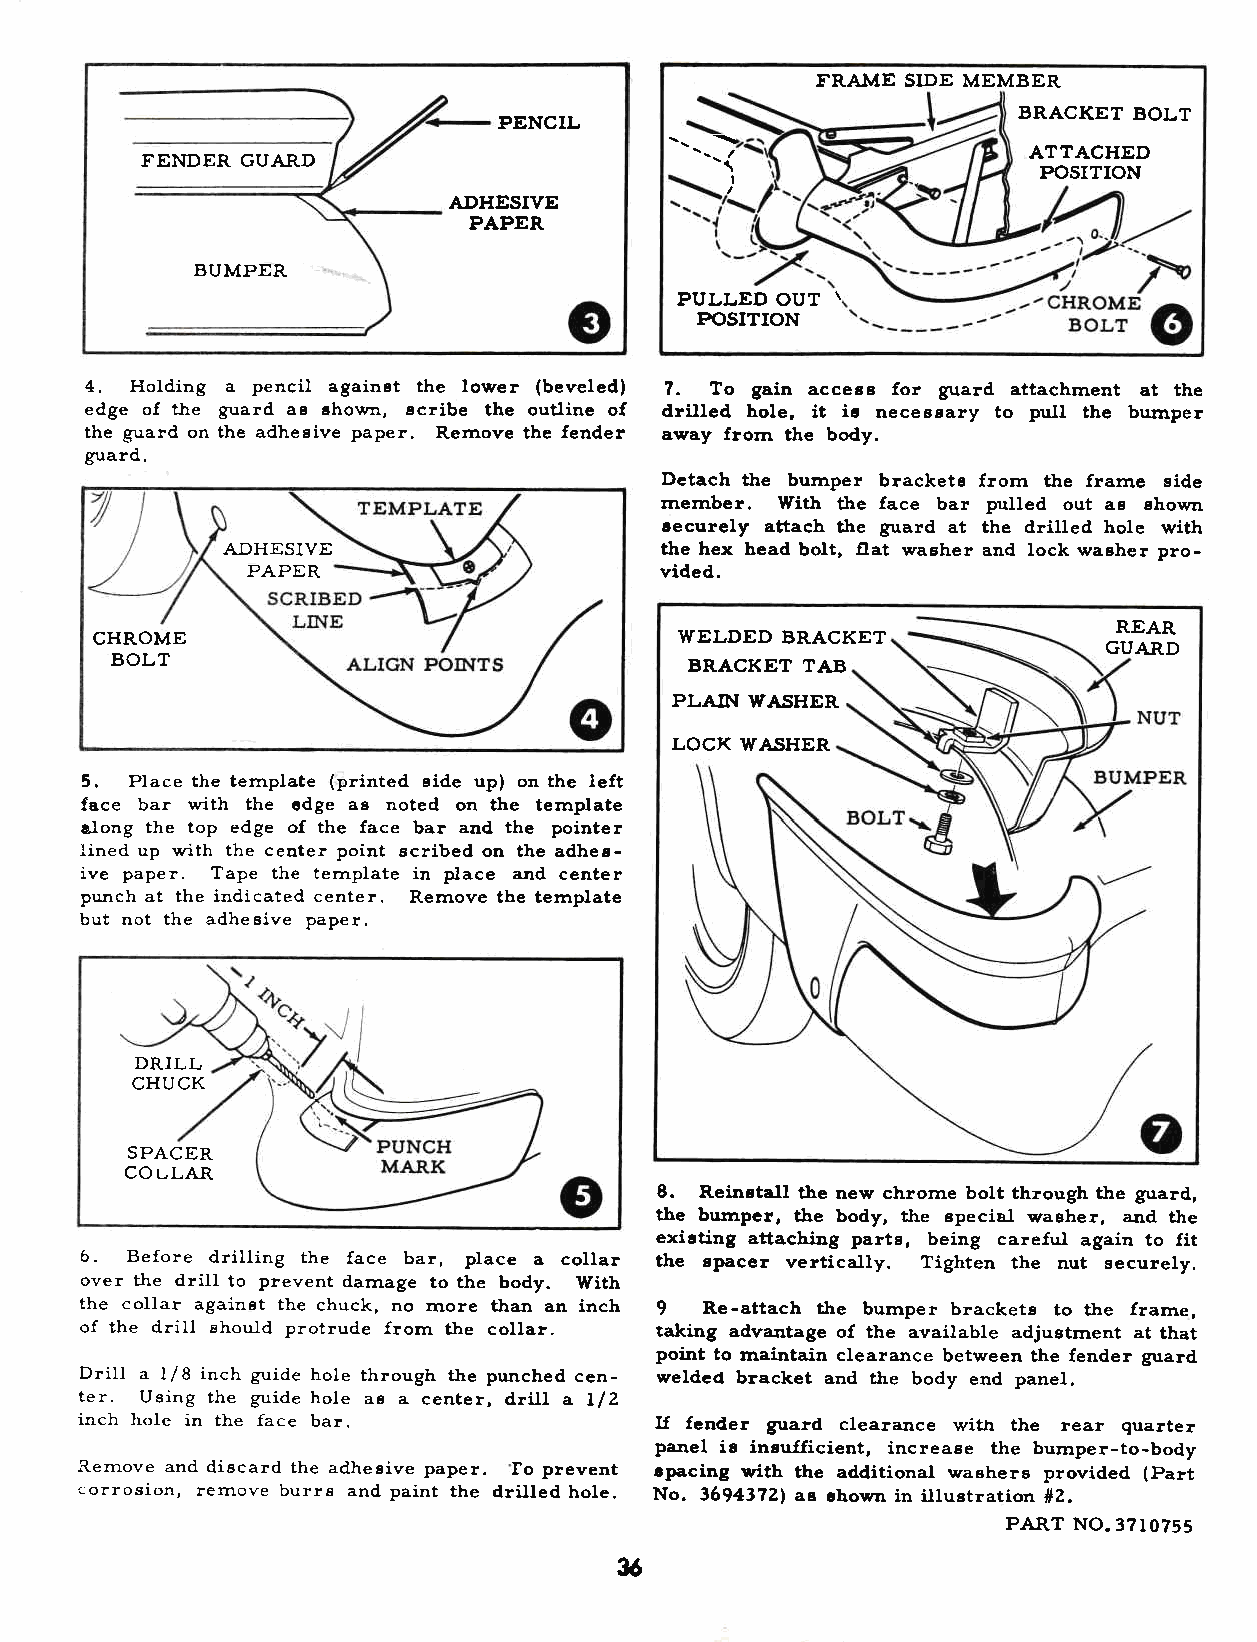
I.RAIVIE SIDE MEMBER
 BRACKET BOLT
 PENCIL
 ATTACHED
 FENDER GUARD
 POSITION
 I
 ADHESIVE
 PAPER
 BUMPER
 PULLED OUT \
 POSITION
 4. Holding a pencil againet the lower (beveled) 7. To gain accesr fo! guard attachment at the
 edge of the guard as ahown, acribe the outline of drilled hole, it ie neceEsary to pull the bumper
 the guard on the adhesive paper. Rernove the fender away frorn the body.
 guard.
 Detach the burnper bracketa frorn the frame side
 rnember. trfith the face bar pulled out ae shown
 eecurely attach the guard at the drilled hole with
 ADHESIVE                     the hex head bolt, flat washer and lock washer pro-
 PAPER                       vided.
 REAR
 CHROME                                 WELDED BRACKET
 GUARD
 BOLT                                   BRACKET TAB
 PLAIN WASHER
 LOCK WASHER
 5.  Place the ternplate (printed aide up) on the left
 face bar with the cdge as noted on the ternplate
 along the top edge of the face bar and the pointer
 lined up w-ith the ceuter point acribed on the adhee-
 ive paper. Tape the ternplate in place and center
 punch at the i.ndicated center. Rernove the template
 but not the adheeive paper.
 DRILL
 CHUCK
 SPACER
 COLLAR
 8. Reingtall the new chrome bolt through the guard,
 the burnper, the body, the special washer, and the
 exieting attaching parts, being careful again to fit
 6. Before drilling the face bar, place a collar the elracer vertically. Tighten the nut securely.
 over the drill to prevent darnage to the body. With
 the collar againat the chuck, no tnore than an inch 9 Re-attach tl.e burnper brackets to the frarne,
 of the drill should protrude frorn the collar. taking advantage of the available adjustrnent at that
 point to maintain clearance between the fender guard
 Drill a l/8 inch guide hole through the punched cen- welded bracket and the body end panel.
 ter. Using the guide hole aa a center, drill a l/2
 inch hole in the face bar.            U fender guard clearance with the rear quarter
 panel ie inaufficient, increaee the bumper-to-body
 Rernove and discard the adhegive paper. Io prevent tpacing vith the additional washers provided (Part
 corrosion, rerrrove burrs and paint the drilled hole. No. 3694372) aa ahowa in illuetratiot #2.
 PART NO.3710755
 u